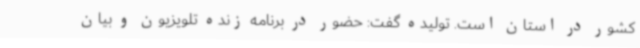
کشور در استان است. تولیده گفت: حضور در برنامه زنده تلویزیون و بیان